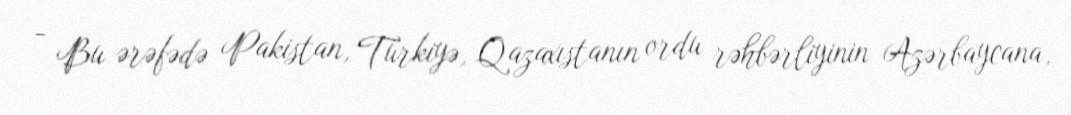
- Bu ərəfədə Pakistan, Türkiyə, Qazaxıstanın ordu rəhbərliyinin Azərbaycana,